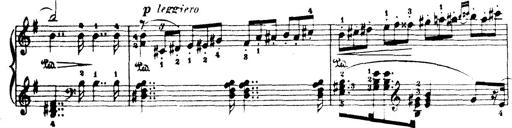
Title: Wagner-Liszt Album
Composer: Franz Liszt